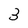
Character: 3